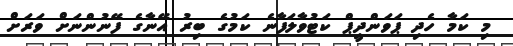
މި ކަމާ ހެދި ޕަވަންދީޕް ކަޓުވާލަފާނެ ކަމުގެ ބިރު އޭނާގެ ފޭނުންނަށް ވަރަށް